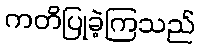
ကတိပြုခဲ့ကြသည်